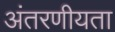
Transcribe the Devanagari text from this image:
अंतरणीयता